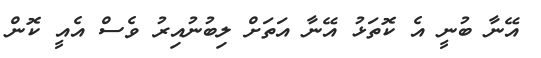
އޭނާ ބުނީ އެ ކޮތަޅު އޭނާ އަތަށް ލިބުނުއިރު ވެސް އެއީ ކޮން